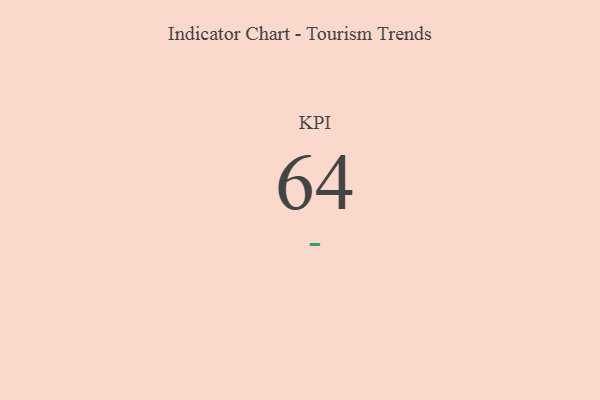
{"axis": {"x": "KPI", "y": "Value"}, "legend": [""], "data": [{"x": "KPI", "y": 64, "type": ""}]}